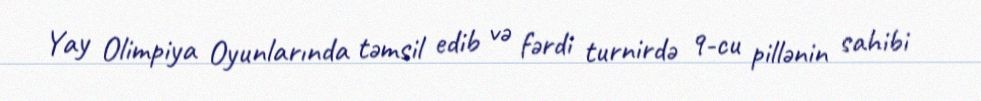
Yay Olimpiya Oyunlarında təmsil edib və fərdi turnirdə 9-cu pillənin sahibi